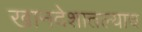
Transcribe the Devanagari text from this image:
खानदेशातल्याच